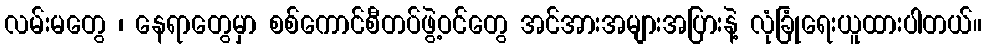
လမ်းမတွေ ၊ နေရာတွေမှာ စစ်ကောင်စီတပ်ဖွဲ့ဝင်တွေ အင်အားအများအပြားနဲ့ လုံခြုံရေးယူထားပါတယ်။